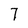
Character: 7